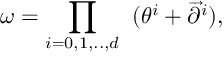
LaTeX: \omega = \prod _ { i = 0 , 1 , . . , d } \; \; ( \theta ^ { i } + \overrightarrow { \partial } ^ { i } ) , \nonumber